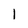
Character: 1